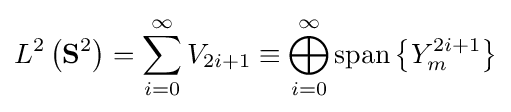
L^{2}\left(\mathbf {S} ^{2}\right)=\sum _{i=0}^{\infty }V_{2i+1}\equiv \bigoplus _{i=0}^{\infty }\operatorname {span} \left\{Y_{m}^{2i+1}\right\}